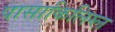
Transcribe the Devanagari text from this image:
पासाकिलिग्ल